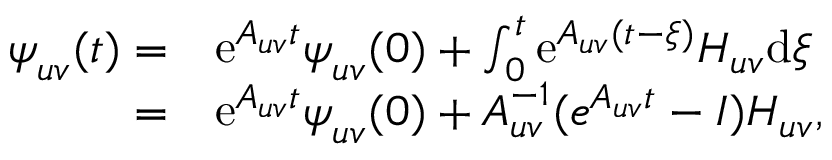
\begin{array} { r l } { \boldsymbol { \psi } _ { u v } ( t ) = } & { { } \mathrm { e } ^ { \boldsymbol { A } _ { u v } t } \boldsymbol { \psi } _ { u v } ( 0 ) + \int _ { 0 } ^ { t } \mathrm { e } ^ { \boldsymbol { A } _ { u v } ( t - \xi ) } \boldsymbol { H } _ { u v } \mathrm { d } \xi } \\ { = } & { { } \mathrm { e } ^ { \boldsymbol { A } _ { u v } t } \boldsymbol { \psi } _ { u v } ( 0 ) + \boldsymbol { A } _ { u v } ^ { - 1 } ( e ^ { \boldsymbol { A } _ { u v } t } - \boldsymbol { I } ) \boldsymbol { H } _ { u v } , } \end{array}